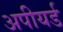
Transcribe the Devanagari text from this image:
अपीयर्ड